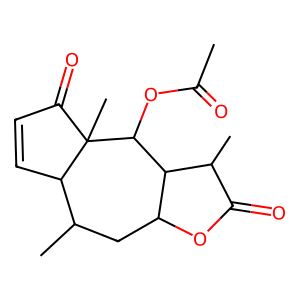
SMILES: CC(=O)OC1C2C(CC(C)C3C=CC(=O)C31C)OC(=O)C2C
Inhibits HIV replication: No